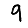
Digit: 9